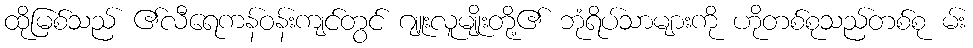
ထိုမြစ်သည် ၏လီရေကန်ဝန်းကျင်တွင် ဂျူးလူမျိုးတို့၏ ဘုံရိပ်သာများကို ဟိုတစ်စုသည်တစ်စု မ်း